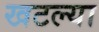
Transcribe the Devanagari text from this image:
खटल्या